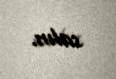
salın.